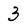
Character: 3